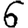
Digit: 6